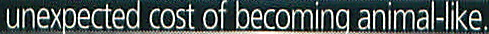
unexpected cost of becoming animal-like.